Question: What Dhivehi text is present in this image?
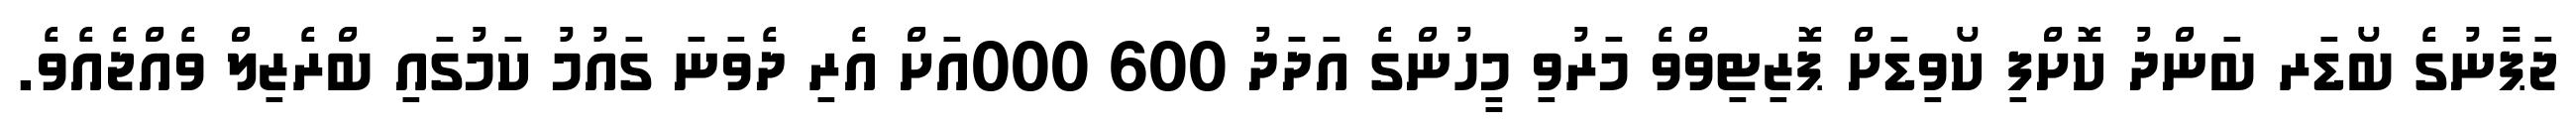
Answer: ޖަޕާނުގެ ބޯޑަރ ބަންދު ކޮށްފި ކޯވިޑަށް ޕޮޒިޓިވްވެ މަރުވި މީހުންގެ އަދަދު 600 000އަށް އެރި ދެވަނަ ގައުމު ކަމުގައި ބްރެޒިލް ވެއްޖެއެވެ.